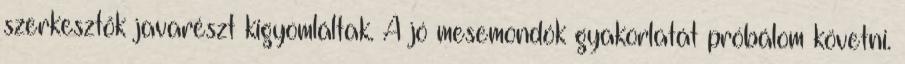
szerkesztők javarészt kigyomláltak. A jó mesemondók gyakorlatát próbálom követni.